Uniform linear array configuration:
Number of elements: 64
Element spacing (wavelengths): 0.75
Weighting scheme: hann
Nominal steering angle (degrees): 0
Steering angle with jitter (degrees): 0.8281
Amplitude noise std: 0.05
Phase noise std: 0.05

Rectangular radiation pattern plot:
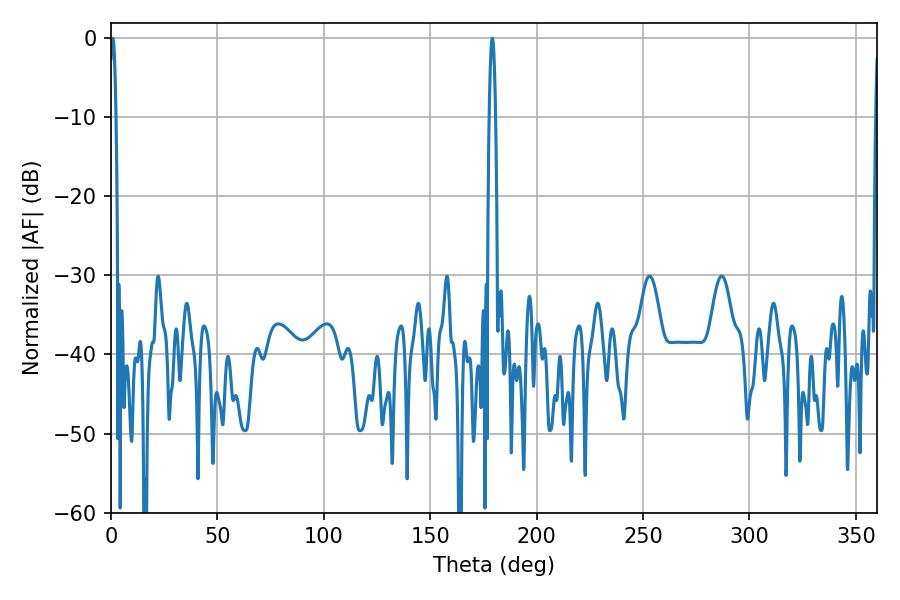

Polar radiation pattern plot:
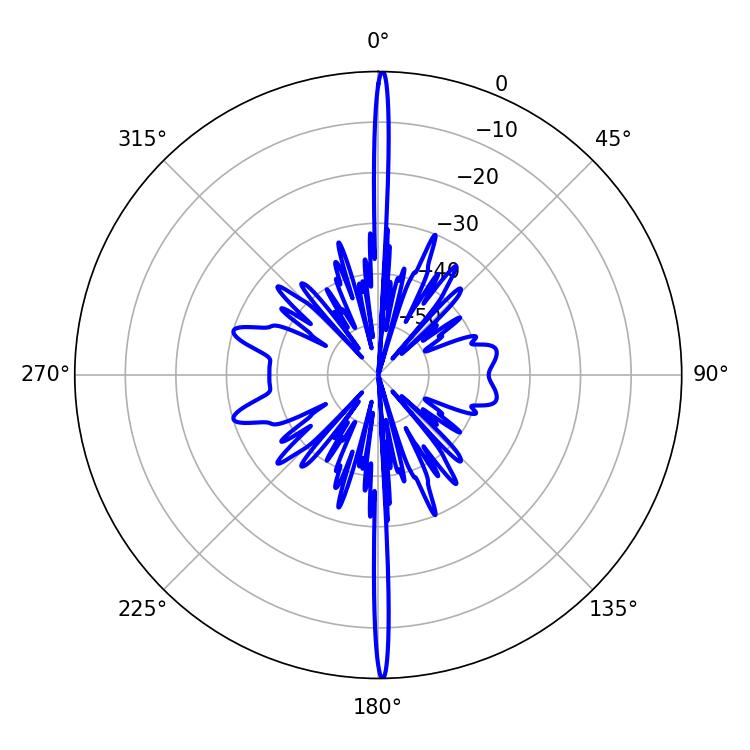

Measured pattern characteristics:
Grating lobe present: TRUE
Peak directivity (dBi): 34.447
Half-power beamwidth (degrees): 1.62
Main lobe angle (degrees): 0.9